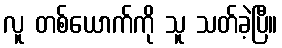
လူ တစ်ယောက်ကို သူ သတ်ခဲ့ပြီ။